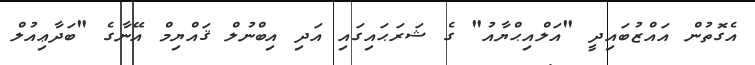
އެގޮތުން އައްޒުބައިދީ "އަލްއިޙްޔާއު" ގެ ޝަރަޙައިގައި އަދި އިބްނުލް ޤައްޔިމް އޭނާގެ "ބަދާޢިއުލް